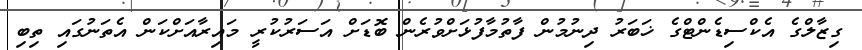
ގިޒާލްގެ އެކްސިޑެންޓްގެ ޚަބަރު ދިނުމުން ފާތުމާފުޅަށްވުރެން ބޮޑަށް އަސަރުކުރީ މައިރާއަށްކަން އެތަނުގައި ތިބި